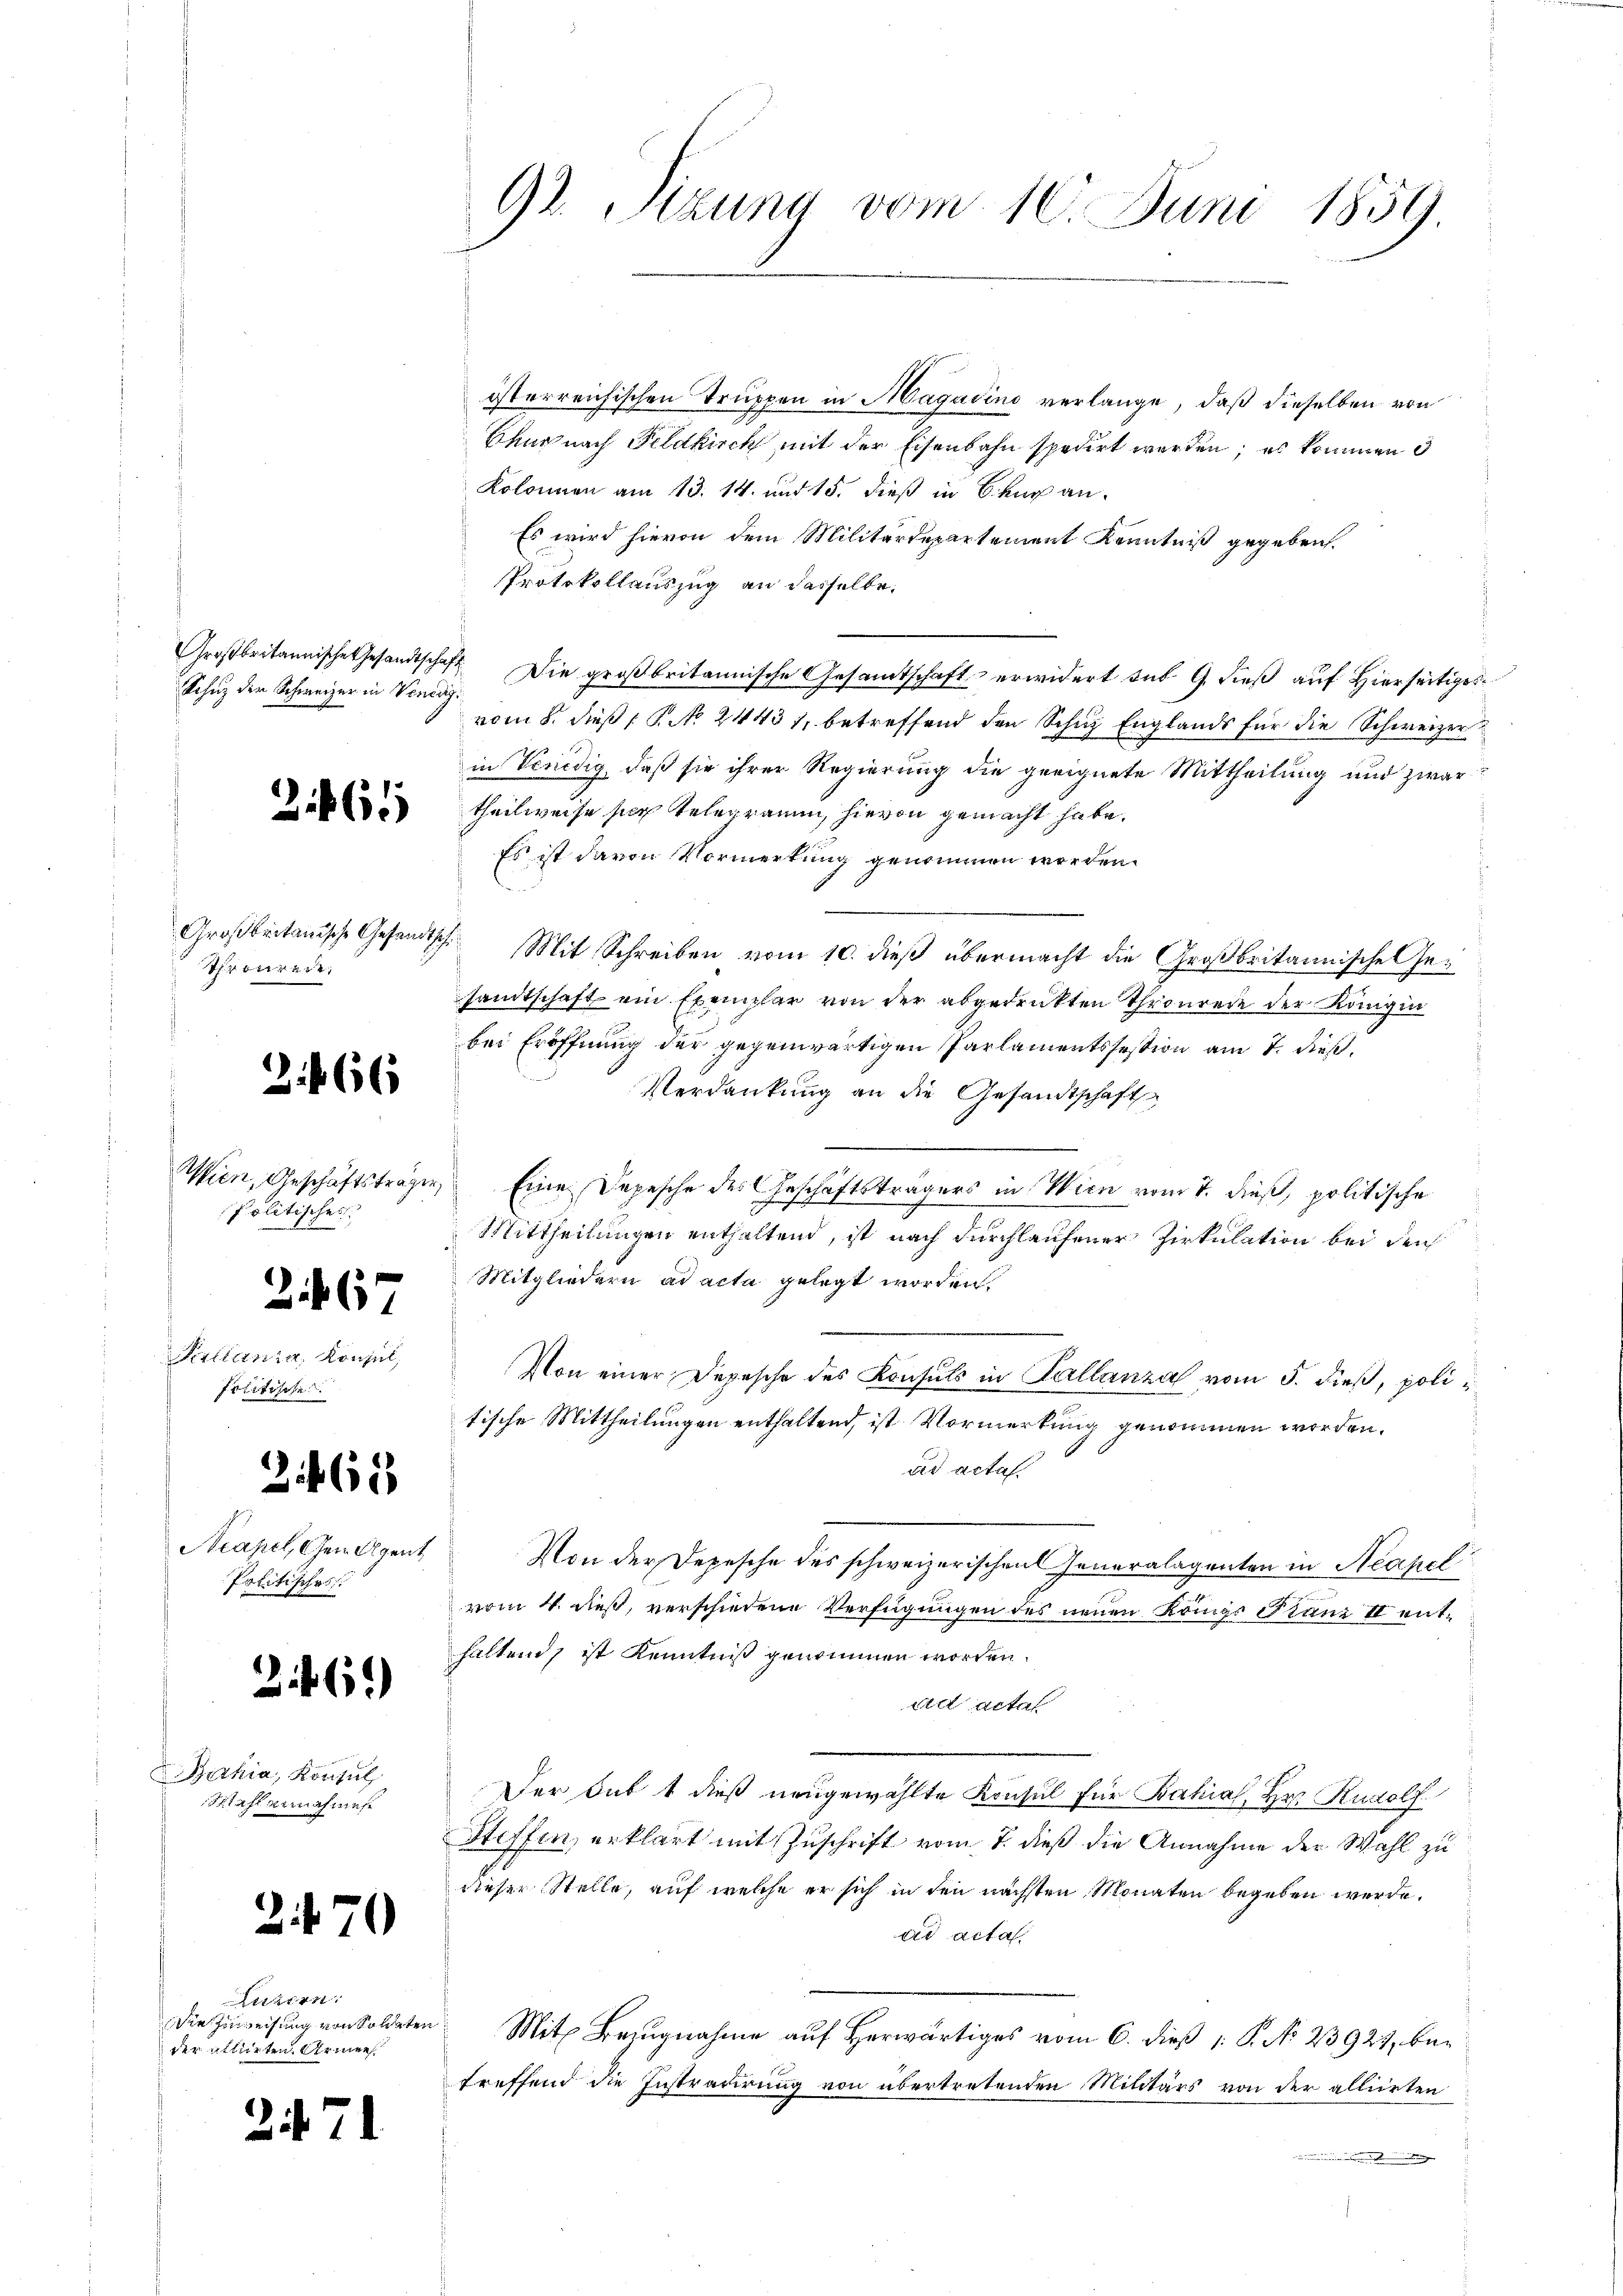
Schuz der Schweizer in Venedig¬

261

Thronrede

2 f. 66

Politisches

2167

Sellania, Konsul,
Politische

3461

Neapel, Gemeigent
Politisches

2146)

Bahia, Konsul
stahl einnahmen

2670

litern.
Die Zuweisung von Soldaten
der allirten. Armen.

2. 71

österreichischen Truppen in Magadino verlange, daß dieselben von
Bruch nach Feldkirch mit der Eisenbahn spedirt worden; es kommen d
Kolonnen am 13. 14. und 15. dieß in Baur an¬
Es wird hievon dem Militärdepartement Kenntniß gegeben.
Protokollauszug an dasselbe.
Großbritannische Gesandtschaft Die großbritannische Gesandtschaft erwidert sub 9. dieß auf Hierseitiges
vom 8. dieß (§. No 24431, betreffend den Schuz Englands für die Schweizer
in Venedig, daß sie ihrer Regierung die geeignete Mittheilung und zwar
theilweise sich telegramm, hievon gemacht habe.
Es ist davon Vormerkung genommen worden.
Großbritanische Gesandtsch. Mit Schreiben vom 10. dieß übermacht die Großbritannische Gesandtschaft ein Exemplar von der abgedrückten Thronrede der Königin
bei Eröffnung der gegenwärtigen Parlamentsfestion am 7. dieß.
Verdankung an die Gesandtschaft
.
Wien, Geschäftsträgen Eine Depesche des Geschäftsträgers in Wien vom 7. dieß, politische
2
Mittheilungen enthaltend, ist nach durchlaufener Zirkulation bei den
Mitgliedern ad acta gelegt worden.
Von einer Depesche des Konsuls in Kallanzal vom 5. dieß, politische Mittheilungen enthaltend, ist Vormerkung genommen worden.
ad acta.
Von der Depesche des schweizerischen Generalagenten in Neapel
vom 4. dieß, verschiedene Verfügungen des neuen Königs Franz II enthaltend, ist Kenntniß genommen worden.
det actat
Der Sub t dieß neugewählte Konsul für Bahial, Hr. Rudolf
Steffen, erklärt mit Zuschrift vom 7. dieß die Annahme der Wahl zu
dieser Stelle, auf welche er sich in den nächsten Monaten begeben werde.
ad acta.
Mit Bezugnahme auf Herwärtiges vom 6. dieß P. No 23927, betreffend die Instradirung von übertretenden Militärs von der alliirten
n

92. Sizung vom 10. Juni 1859.